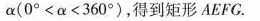
α($$0 ° < α < 3 6 0 °$$)，得到矩形AEFG.